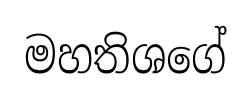
මහතිශගේ